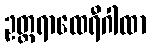
ဥတ္တရာထေရီဂါထာ